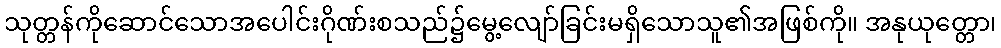
သုတ္တန်ကိုဆောင်သောအပေါင်းဂိုဏ်းစသည်၌မွေ့လျော်ခြင်းမရှိသောသူ၏အဖြစ်ကို။ အနုယုတ္တော၊